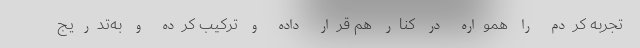
تجربه کردم را همواره در کنار هم قرار داده و ترکیب کرده و به‌تدریج